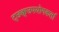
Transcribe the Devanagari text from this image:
ट्छ्क्क्उपयोगकर्ता